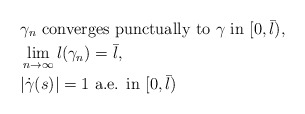
\begin{align*}&\gamma_{n} \ \mbox{converges punctually to }\gamma \ \mbox{in } [0,\bar{l}), \\ &\lim_{n\to\infty}l(\gamma_{n})=\bar{l}, \\& |\dot{\gamma}(s)|=1 \ \mbox{a.e. in } [0,\bar{l})\end{align*}